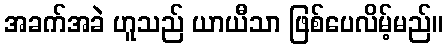
အခက်အခဲ ဟူသည် ယာယီသာ ဖြစ်ပေလိမ့်မည်။